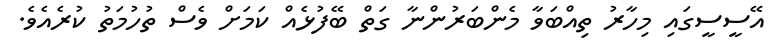
އޭސީސީގައި މިހާރު ތިއްބަވާ މެންބަރުންނާ ގަތް ބޭފުޅެއް ކަމަށް ވެސް ތުހުމަތު ކުރެއެވެ.